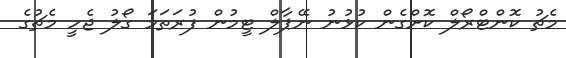
މެޗު ކޮންޓްރޯލް ކޮށްގެން ކުޅުނު ނޭޕާލް ޓީމުން ފުރަތަމަ ގޯލު ޖެހީ މެޗުގެ